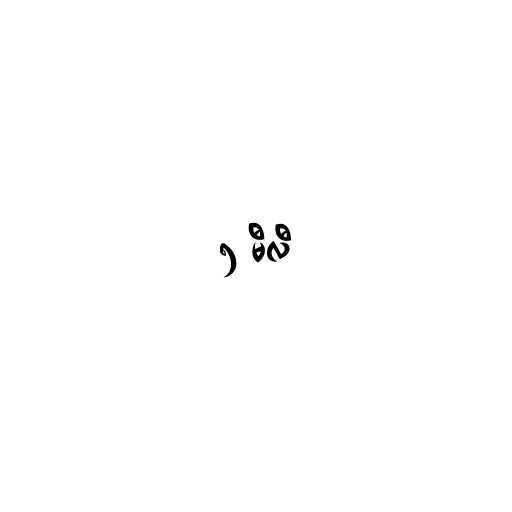
၅ မီလီ